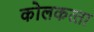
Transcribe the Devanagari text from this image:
कोलकत्‍ता